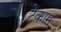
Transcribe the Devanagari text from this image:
टेकाम